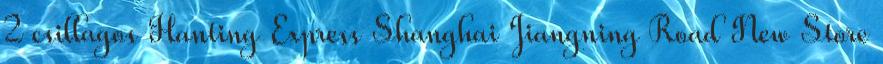
2 csillagos Hanting Express Shanghai Jiangning Road New Store